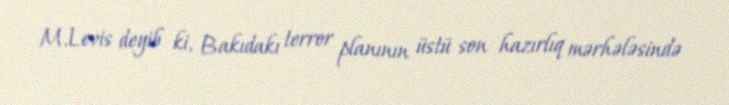
M.Levis deyib ki, Bakıdakı terror planının üstü son hazırlıq mərhələsində